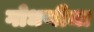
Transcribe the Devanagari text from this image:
गोधणीचा